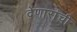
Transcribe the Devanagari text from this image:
देणारांची